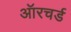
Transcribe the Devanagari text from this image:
ऑरचर्ड